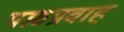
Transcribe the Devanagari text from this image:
पाठप्रवाह